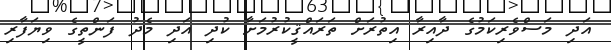
އަދި މަސްވެރިކަމުގެ ދާއިރާ އިތުރަށް ތަރައްޤީކުރުމަށާ ކުދި އަދި މެދު ފަންތީގެ ވިޔަފާރި